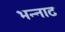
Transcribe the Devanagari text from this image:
भन्‍नाट